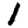
Digit: 1